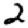
Digit: 2